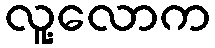
လူ့လောက